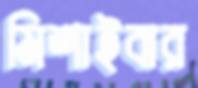
মিশাইবার